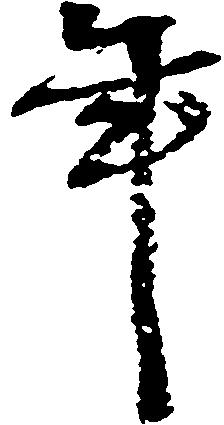
年